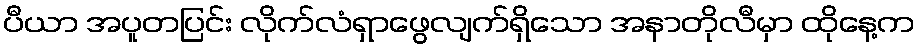
ပီယာ အပူတပြင်း လိုက်လံရှာဖွေလျက်ရှိသော အနာတိုလီမှာ ထိုနေ့က